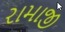
રામાજી